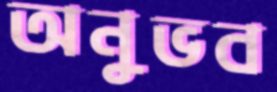
অনুভব